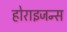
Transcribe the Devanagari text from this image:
होराइजन्स